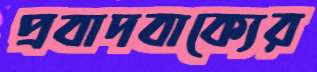
প্রবাদবাক্যের